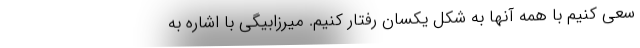
سعی کنیم با همه آنها به شکل یکسان رفتار کنیم. میرزابیگی با اشاره به